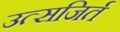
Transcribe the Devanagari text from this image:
उत्सजिर्त